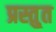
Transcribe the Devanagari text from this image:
प्रस्तु्त